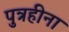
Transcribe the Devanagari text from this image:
पुत्रहीना